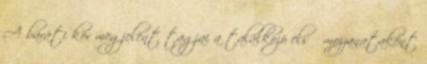
A baráti kör megjelent tagjai a találkozó első mozzanataként